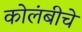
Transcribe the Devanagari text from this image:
कोलंबीचे